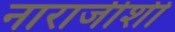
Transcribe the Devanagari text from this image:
नाराजीशी